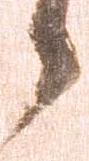
候